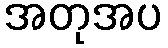
အတုအပ